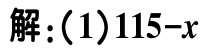
解：(1)$115 - x$